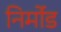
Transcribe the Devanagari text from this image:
निर्मोड